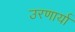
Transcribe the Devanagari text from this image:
उरणार्या